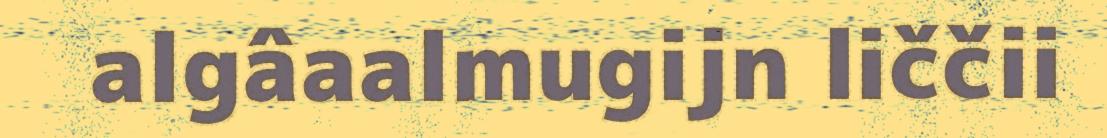
algâaalmugijn liččii